Elephants and their diseases
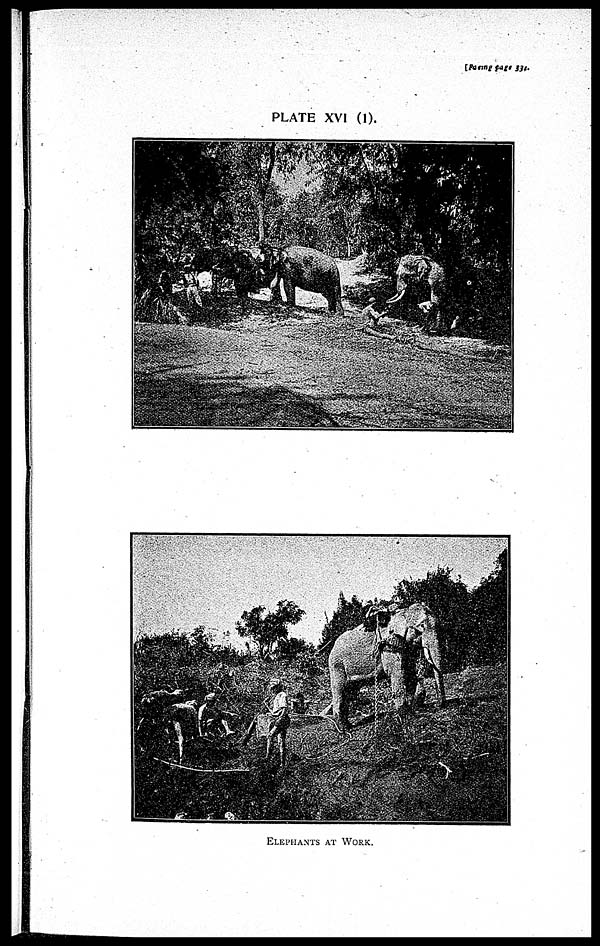
[facing page 334.
PLATE XVI (1).
ELEPHANTS AT WORK.